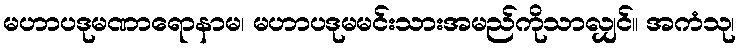
မဟာပဒုမဏာရောနာမ၊ မဟာပဒုမမင်းသားအမည်ကိုသာလျှင်။ အကံသု၊